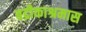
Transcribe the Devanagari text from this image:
बद्रीकाश्रमास